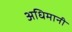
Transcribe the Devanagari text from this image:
अधिमानी